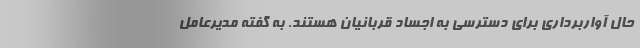
حال آواربرداری برای دسترسی به اجساد قربانیان هستند. به گفته مدیرعامل